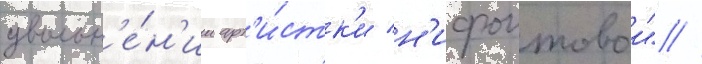
увольн'е́н'ии арт'и́стк'и н'ифонтовои" //